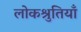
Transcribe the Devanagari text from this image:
लोकश्रुतियाँ